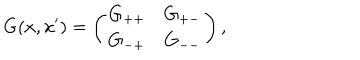
G ( x , x ^ { \prime } ) = \left( \begin{array} { c c } { { G _ { + + } } } & { { G _ { + - } } } \\ { { G _ { - + } } } & { { G _ { -- } } } \\ \end{array} \right) ,